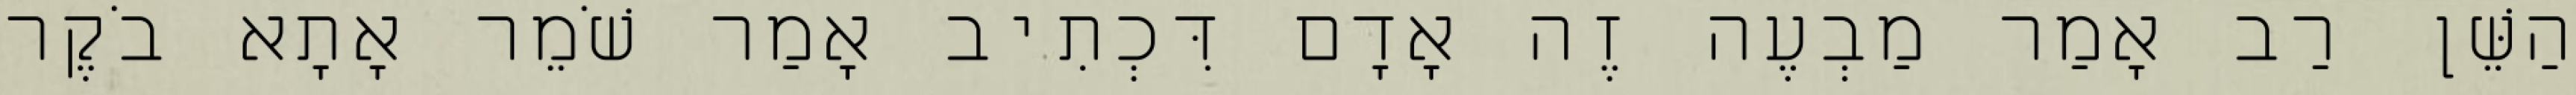
הַשֵּׁן רַב אָמַר מַבְעֶה זֶה אָדָם דִּכְתִיב אָמַר שֹׁמֵר אָתָא בֹקֶר